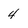
Character: 4